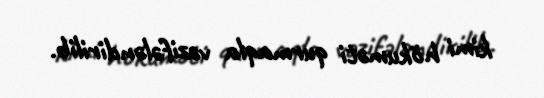
kimi hökuməti qurmaqla vəzifələndirilib.